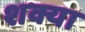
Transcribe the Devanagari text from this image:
शक्या